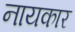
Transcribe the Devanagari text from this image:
नायकार